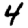
Digit: 4